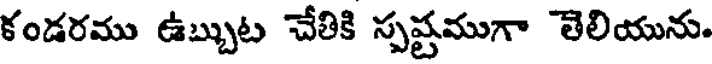
కండరము ఉబ్బుట చేతికి స్పష్టముగా తెలియును.